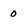
Character: o